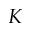
K